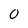
Character: 0